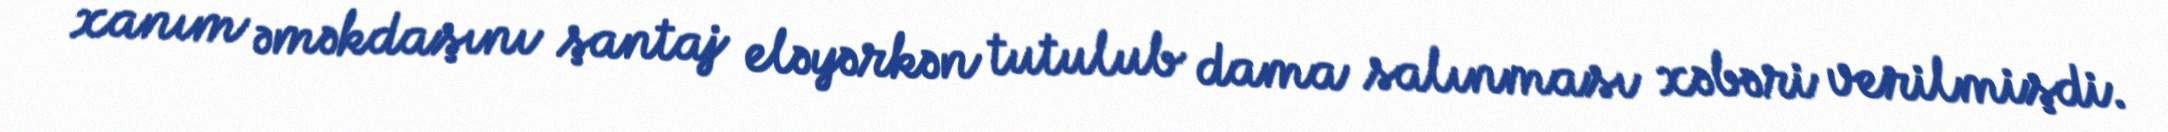
xanım əməkdaşını şantaj eləyərkən tutulub dama salınması xəbəri verilmişdi.